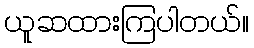
ယူဆထားကြပါတယ်။